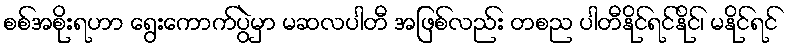
စစ်အစိုးရဟာ ရွေးကောက်ပွဲမှာ မဆလပါတီ အဖြစ်လည်း တစည ပါတီနိုင်ရင်နိုင်၊ မနိုင်ရင်